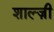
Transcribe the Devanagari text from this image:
शाल्ज़ी